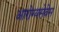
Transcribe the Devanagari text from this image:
आरोग्यसेवेस